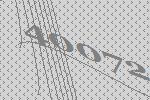
40072